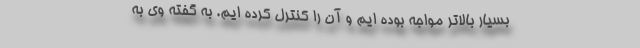
بسیار بالاتر مواجه بوده ایم و آن را کنترل کرده ایم. به گفته وی به